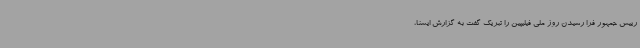
رییس جمهور فرا رسیدن روز ملی فیلیپین را تبریک گفت به گزارش ایسنا،